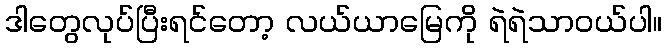
ဒါတွေလုပ်ပြီးရင်တော့ လယ်ယာမြေကို ရဲရဲသာဝယ်ပါ။